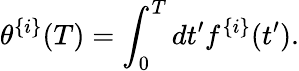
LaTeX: \theta^{\{ i\} }(T)=\int_{0}^{T}dt^{\prime}f^{\{ i\} }(t^{\prime}).